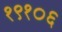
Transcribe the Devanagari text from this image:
१९१०६